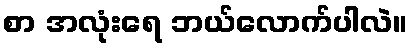
စာ အလုံးရေ ဘယ်လောက်ပါလဲ။